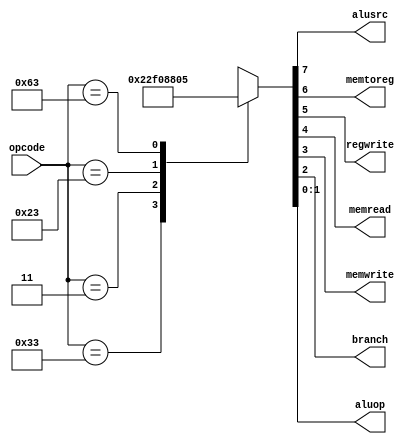
module controlunit (input [6:0] opcode,
                    output alusrc, memtoreg, regwrite, memread, memwrite, branch, 
                    output [1:0] aluop);

  reg[7:0] controls;

  assign {alusrc, memtoreg, regwrite, memread, memwrite, branch, aluop} = controls;

  always @(*)
    case (opcode)
      7'b0110011 : controls = 8'b00100010; //R type 
      7'b0000011 : controls = 8'b11110000; //I type(ld)
      7'b0100011 : controls = 8'b10001000; //S type(sd)
      7'b1100011 : controls = 8'b00000101; //B type(beq) 
      default :  controls = 8'bxxxxxxxx; 
    endcase
endmodule